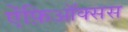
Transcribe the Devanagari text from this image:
ऐंफ़िऑक्सस